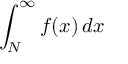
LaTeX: \int _ { N } ^ { \infty } f ( x ) \, d x